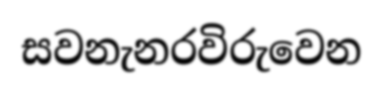
සවනැනරවිරුවෙන